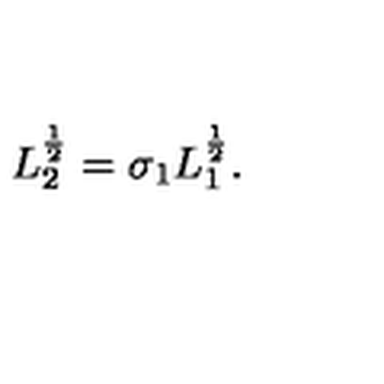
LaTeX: L _ { 2 } ^ { \frac { 1 } { 2 } } = \sigma _ { 1 } L _ { 1 } ^ { \frac { 1 } { 2 } } .